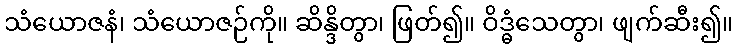
သံယောဇနံ၊ သံယောဇဉ်ကို။ ဆိန္ဒိတွာ၊ ဖြတ်၍။ ဝိဒ္ဓံသေတွာ၊ ဖျက်ဆီး၍။